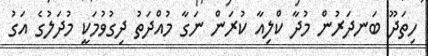
ހިތަދޫ ބަނދަރުން މުދާ ކްލިއާ ކުރަން ނަގާ މުއްދަތު ދިގުވުމަކީ މުދަލުގެ އަގު